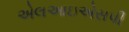
એલઆઇએસપી